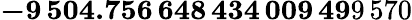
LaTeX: \mathbf{-9\, 504.756\, 648\, 434\, 009\, 49}9\, 570